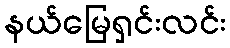
နယ်မြေရှင်းလင်း